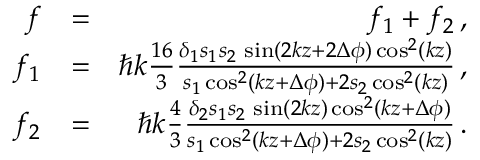
\begin{array} { r l r } { f } & { = } & { f _ { 1 } + f _ { 2 } \, , } \\ { f _ { 1 } } & { = } & { \hbar k \frac { 1 6 } { 3 } \frac { \delta _ { 1 } s _ { 1 } s _ { 2 } \, \sin ( 2 k z + 2 \Delta \phi ) \cos ^ { 2 } ( k z ) } { s _ { 1 } \cos ^ { 2 } ( k z + \Delta \phi ) + 2 s _ { 2 } \cos ^ { 2 } ( k z ) } \, , } \\ { f _ { 2 } } & { = } & { \hbar k \frac { 4 } { 3 } \frac { \delta _ { 2 } s _ { 1 } s _ { 2 } \, \sin ( 2 k z ) \cos ^ { 2 } ( k z + \Delta \phi ) } { s _ { 1 } \cos ^ { 2 } ( k z + \Delta \phi ) + 2 s _ { 2 } \cos ^ { 2 } ( k z ) } \, . } \end{array}